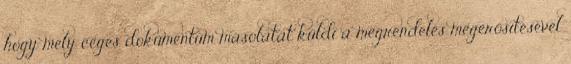
hogy mely céges dokumentum másolatát küldi a megrendelés megerősítésével